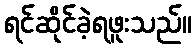
ရင်ဆိုင်ခဲ့ရဖူးသည်။